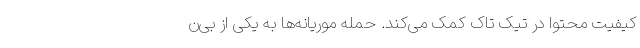
کیفیت محتوا در تیک تاک کمک می‌کند. حمله موریانه‌ها به یکی از بی‌ن